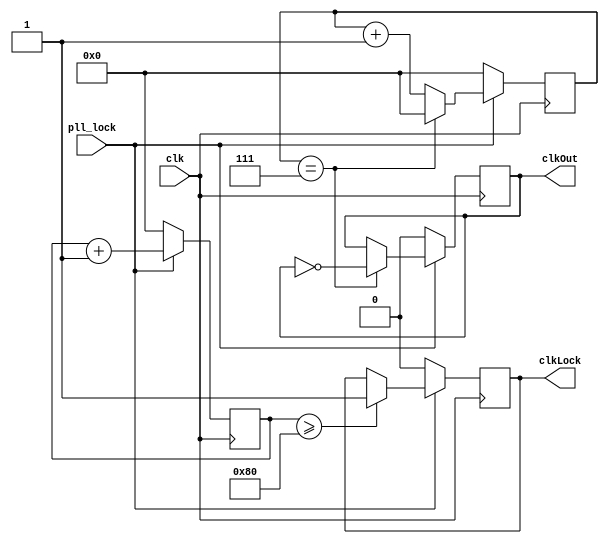
// This program was cloned from: https://github.com/mehrdadh/lora-modulator
// License: MIT License

module clockDivider(
input       clk,
input	    pll_lock,
output reg  clkOut,
output reg  clkLock
);

parameter [7:0] Freq = 4;
reg [7:0] maxWait;

always @(pll_lock) begin
    maxWait = (64/Freq)/2;
end

reg [7:0] lockCounter;
reg [7:0] counter;

always @(posedge clk) begin
    if (pll_lock == 1'b0) begin
        counter     <= 8'd0;
        clkOut      <= 1'b0;
        lockCounter <= 8'd0;
        clkLock     <= 1'b0;
    end else begin
        counter     <= counter + 8'd1;
        if (counter == (maxWait-1)) begin
            clkOut  <= ~clkOut;
            counter <= 8'd0;
        end else begin
            clkOut  <= clkOut;
        end

        lockCounter <= lockCounter + 8'd1;
        if (lockCounter >= 4*2*2*maxWait)
            clkLock <= 1'b1;
        else
            clkLock <= clkLock;
    end
end
endmodule